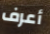
أعرف